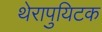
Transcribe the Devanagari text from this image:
थेरापुयिटक